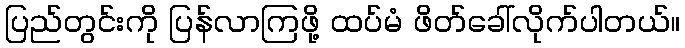
ပြည်တွင်းကို ပြန်လာကြဖို့ ထပ်မံ ဖိတ်ခေါ်လိုက်ပါတယ်။